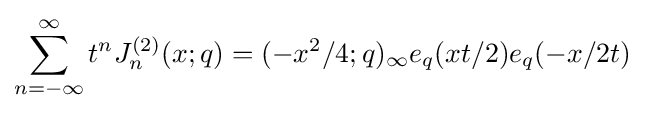
\sum _{n=-\infty }^{\infty }t^{n}J_{n}^{(2)}(x;q)=(-x^{2}/4;q)_{\infty }e_{q}(xt/2)e_{q}(-x/2t)